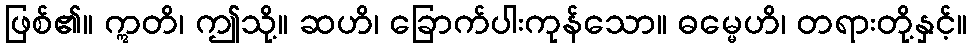
ဖြစ်၏။ ဣတိ၊ ဤသို့။ ဆဟိ၊ ခြောက်ပါးကုန်သော။ ဓမ္မေဟိ၊ တရားတို့နှင့်။